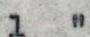
1  "